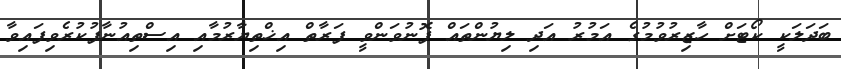
ބަދަލަކީ ކޯޓަށް ހާޒިރުވުމުގެ އަމުރު އަދި ލިޔުންތައް ފޮނުވަންވީ ފަރާތް އިޚްތިޔާރުމާއި އިސްތިއުނާފުކުރެވިފައިވާ